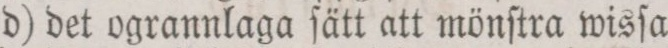
d) det ogrannlaga ſätt att mönſtra wisſa